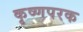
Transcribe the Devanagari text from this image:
कृष्णपरक